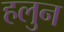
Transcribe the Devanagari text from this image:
हलुन